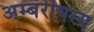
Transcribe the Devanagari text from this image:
अम्बरीषस्य